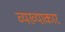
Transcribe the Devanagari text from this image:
व्यख्याकार